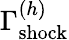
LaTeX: \Gamma_{\mathrm{shock}}^{(h)}